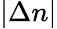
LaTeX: |\Delta n|